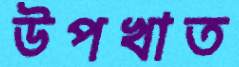
উপখাত